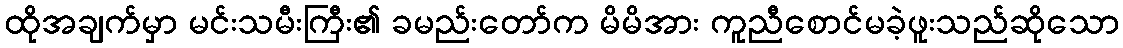
ထိုအချက်မှာ မင်းသမီးကြီး၏ ခမည်းတော်က မိမိအား ကူညီစောင်မခဲ့ဖူးသည်ဆိုသော